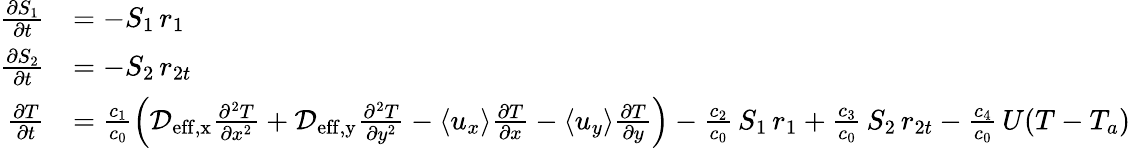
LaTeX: \begin{array}{rl}{\frac{\partial S_{1}}{\partial t}}&{=-S_{1}\, r_{1}}\\ {\frac{\partial S_{2}}{\partial t}}&{=-S_{2}\, r_{2t}}\\ {\frac{\partial T}{\partial t}}&{=\frac{c_{1}}{c_{0}}\left(\mathcal D_{\mathrm{eff,x}}\frac{\partial^{2}T}{\partial x^{2}}+\mathcal D_{\mathrm{eff,y}}\frac{\partial^{2}T}{\partial y^{2}}-\left<u_{x}\right>\frac{\partial T}{\partial x}-\left<u_{y}\right>\frac{\partial T}{\partial y}\right)-\frac{c_{2}}{c_{0}}\, S_{1}\, r_{1}+\frac{c_{3}}{c_{0}}\, S_{2}\, r_{2t}-\frac{c_{4}}{c_{0}}\, U(T-T_{a})}\end{array}